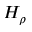
H _ { \rho }